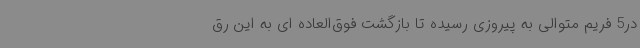
در5 فریم متوالی به پیروزی رسیده تا بازگشت فوق‌العاده ای به این رق